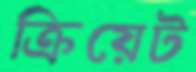
ক্রিয়েট